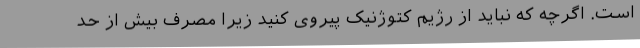
است. اگرچه که نباید از رژیم کتوژنیک پیروی کنید زیرا مصرف بیش از حد